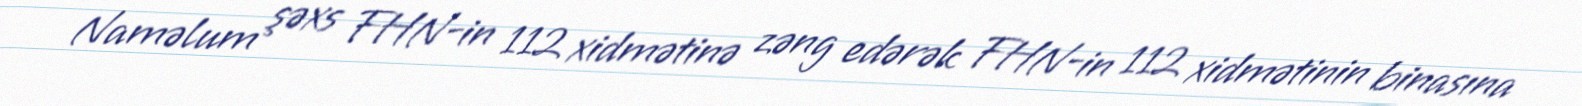
Naməlum şəxs FHN-in 112 xidmətinə zəng edərək FHN-in 112 xidmətinin binasına